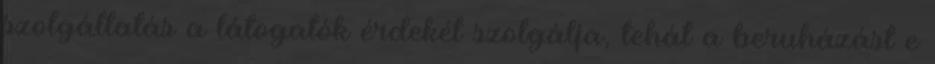
szolgáltatás a látogatók érdekét szolgálja, tehát a beruházást e